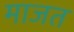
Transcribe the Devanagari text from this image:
माजत